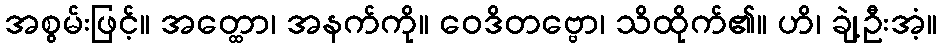
အစွမ်းဖြင့်။ အတ္ထော၊ အနက်ကို။ ဝေဒိတဗ္ဗော၊ သိထိုက်၏။ ဟိ၊ ချဲ့ဦးအံ့။